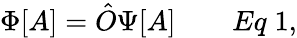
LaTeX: \Phi[A]={\hat{O}}\Psi[A]\qquad Eq\; 1,